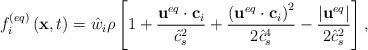
LaTeX: \begin{align*}f_i^{\left( {eq} \right)}\left( {{\bf{x}},t} \right) = {{\hat w}_i}\rho \left[ {1 + \frac{{{{\bf{u}}^{eq}} \cdot {{\bf{c}}_i}}}{{\hat c_s^2}} + \frac{{{{\left( {{{\bf{u}}^{eq}} \cdot {{\bf{c}}_i}} \right)}^2}}}{{2\hat c_s^4}} - \frac{{\left| {{{\bf{u}}^{eq}}} \right|}}{{2\hat c_s^2}}} \right],\end{align*}